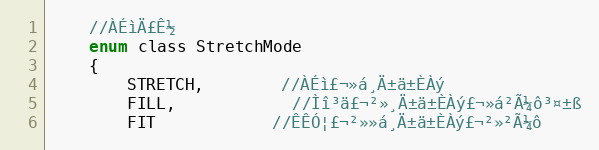
Language: C
	//À­ÉìÄ£Ê½
	enum class StretchMode
	{
		STRETCH,		//À­Éì£¬»á¸Ä±ä±ÈÀý
		FILL,			//Ìî³ä£¬²»¸Ä±ä±ÈÀý£¬»á²Ã¼ô³¤±ß
		FIT			//ÊÊÓ¦£¬²»»á¸Ä±ä±ÈÀý£¬²»²Ã¼ô